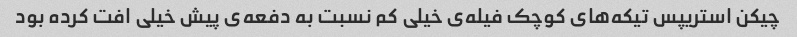
چیکن استریپس تیکه‌های کوچک فیله‌ی خیلی کم نسبت به دفعه‌ی پیش خیلی افت کرده بود